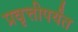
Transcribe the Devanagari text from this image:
प्रवृत्तीपर्यंत